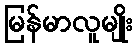
မြန်မာလူမျိုး